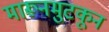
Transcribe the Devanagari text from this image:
मारूनमुटकून